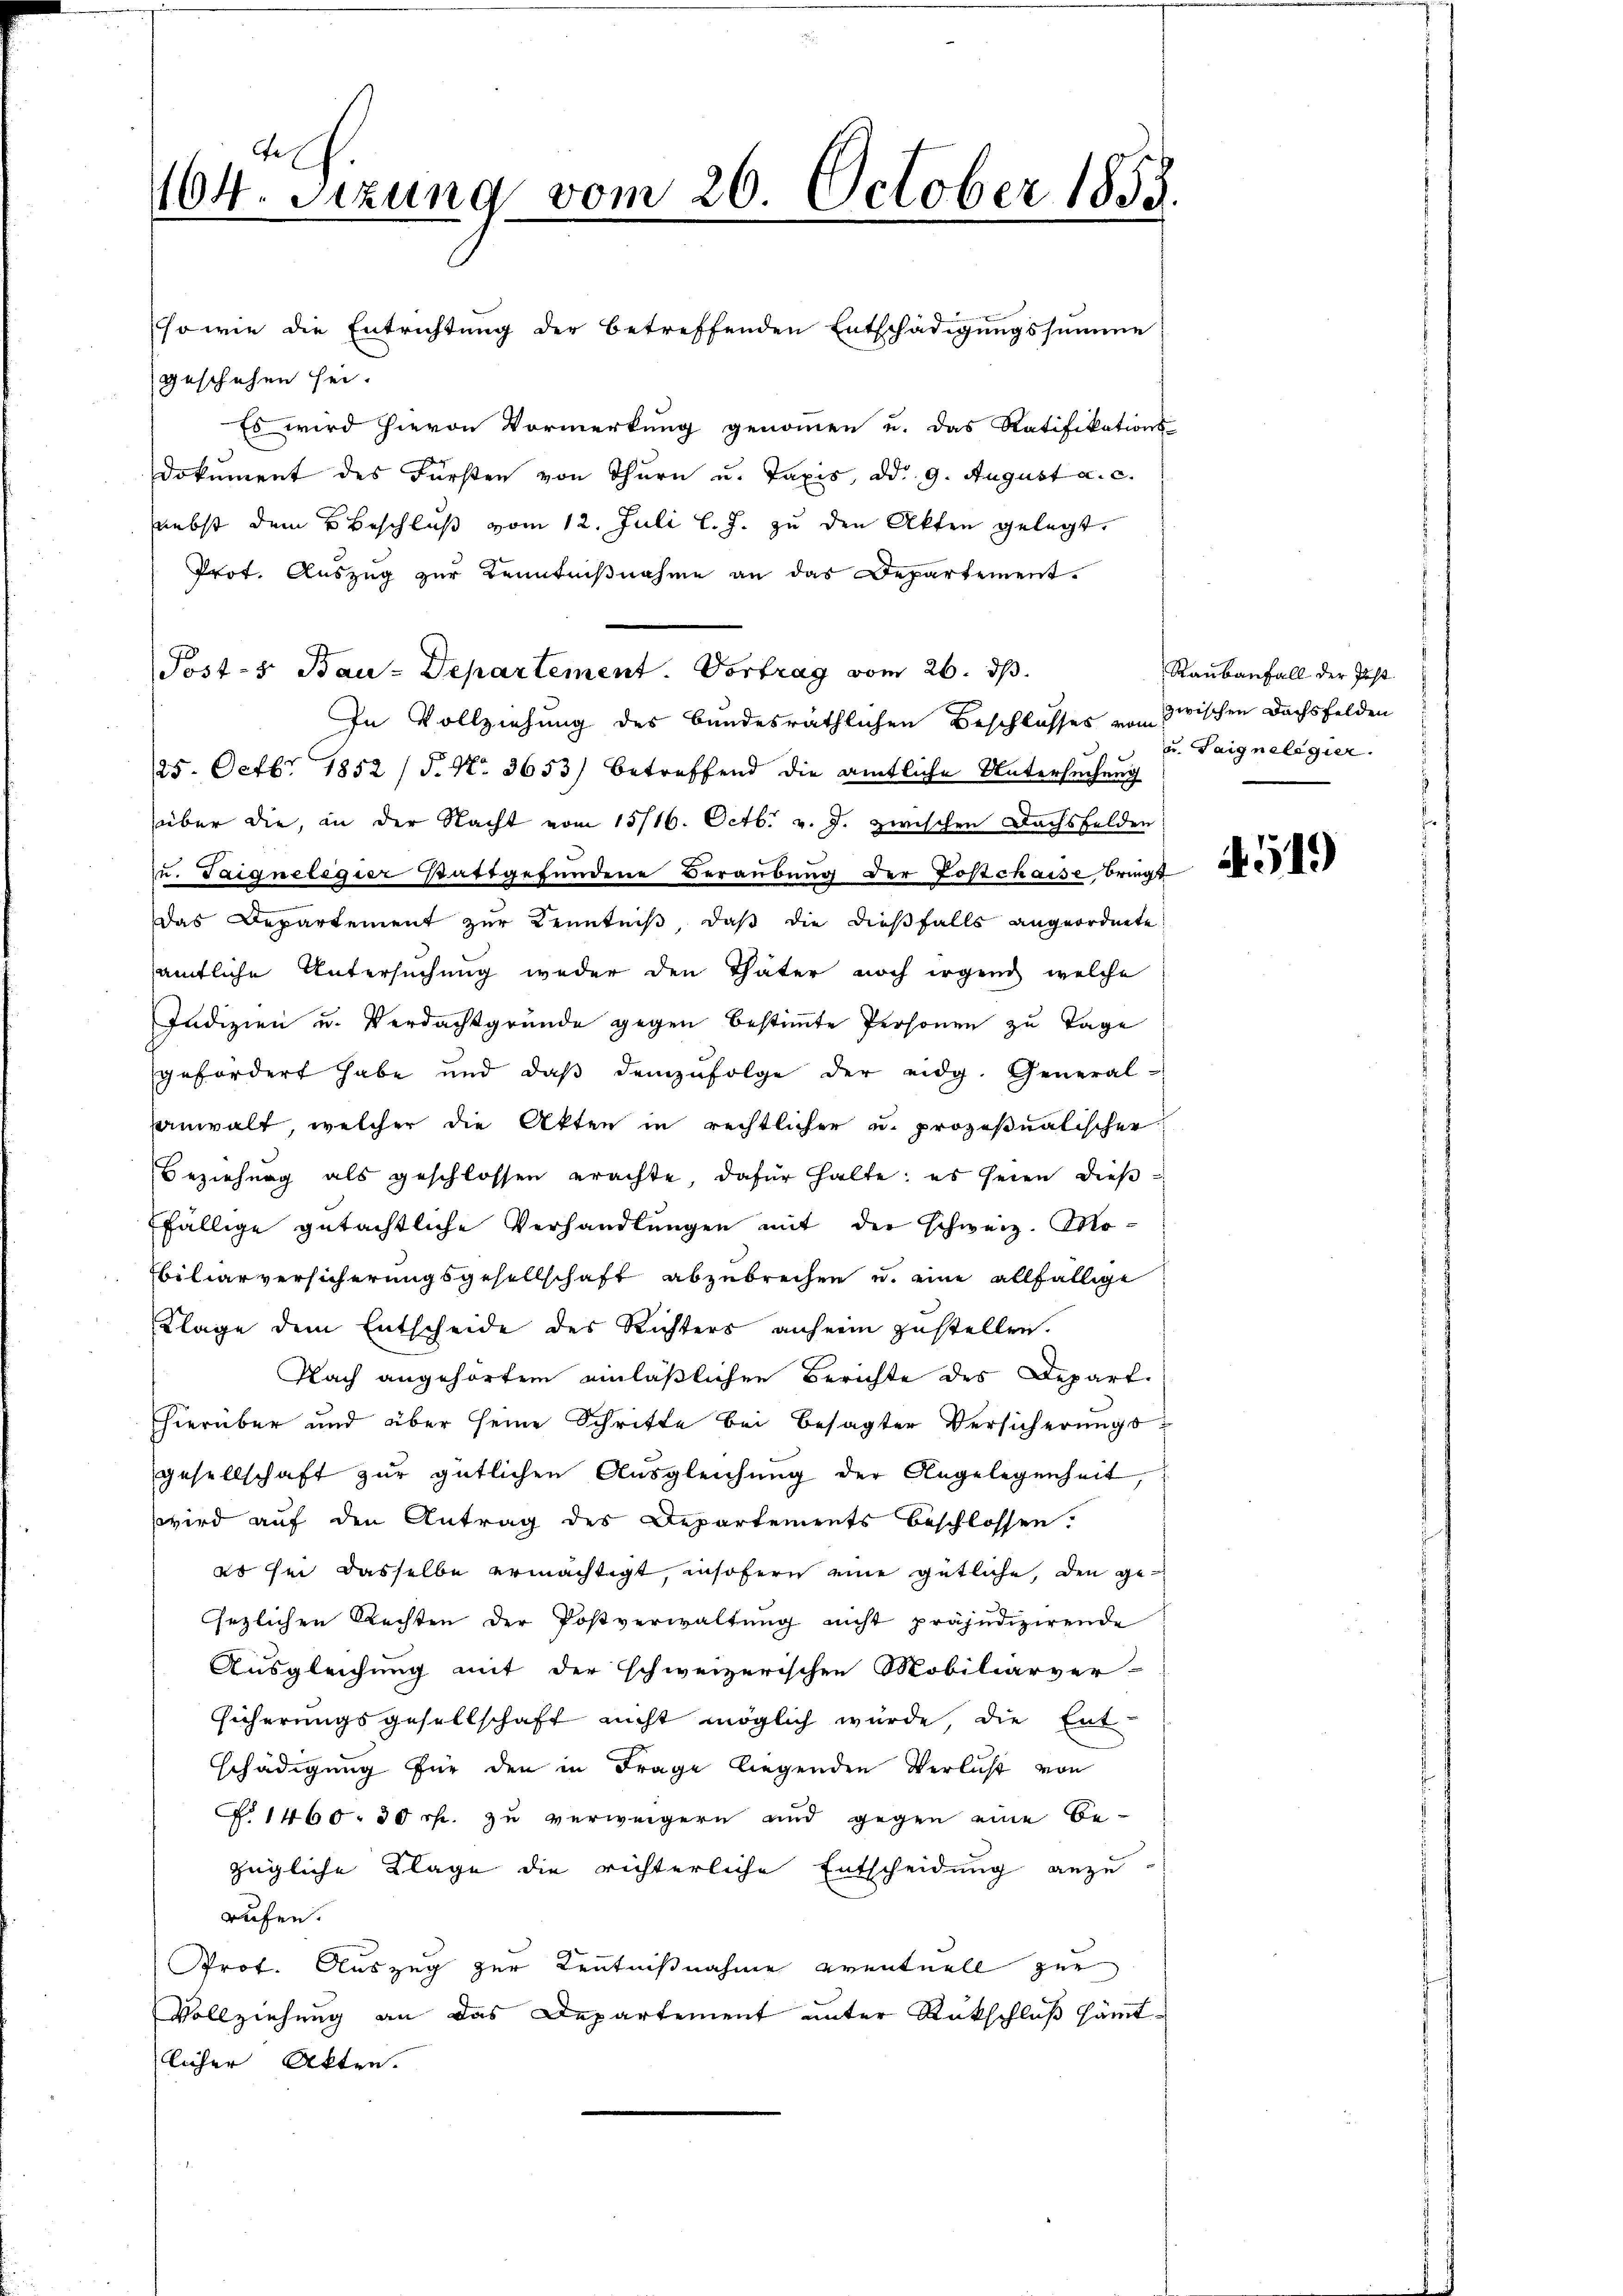
404. Sizung vom 26. October 1858.

sowie die Entrichtung der betreffenden Entschädigungssumme
geschehen sei.
Es wird hievon Vormerkung genommen u. das Ratifikations-
Dokument des Fürsten von Thurn u. Taxis, dd. 9. August a. c.
nebst dem Beschluß vom 12. Juli l. J. zu den Akten gelegt.
Prot. Auszug zur Kenntnißnahme an das Departement.
In Vollziehung des bundesräthlichen Beschlosses von zwischen Dachsfelden
25. Octbr. 1852 (§. N. 3653) betreffend die amtliche Untersuchung
über die, in der Nacht vom 15/16. Octb. v. J. zwischen Dachsfelden
u. Taigneligier stattgefundene Beraubung der Postchaise bringt
Das Departement zur Kenntniß, daß die dießfalls angeordnete
amtliche Untersuchung weder den Thäter noch irgend welche
Indizien u. Verdachtgrunde gegen bestimmte Personen zu Tage
gefordert habe und daβ demzufolge der eidg. General-
anwalt, welcher die Akten in rechtlicher u. prozeßualischer
Beziehung als geschlossen erachte, dafür halte; es seien diese
fällige gutächtliche Verhandlungen mit der schweiz. Mobiliarversicherungsgesellschaft abzubrechen u. eine allfällige
Klage dem Entscheide des Richters anheim zustellen.
Nach angehörtem einläßlichen Berichte des Depart.
hierüber und über seine Schritte bei besagter Versicherungsgesellschaft zur gütlichen Ausgleichung der Angelegenheit,
wird auf den Antrag des Departements beschlossen.
es sei dasselbe ermächtigt, insofern eine gütliche, den gehezlichen Rechten der Postverwaltŭng nicht präjudizirende
Ausgleichung mit der schweizerischen Mobiliarver-
sicherungsgesellschaft nicht möglich wurde, die Ent
schädigung für den in Frage liegenden Verlust von
N. 1460. 30 rp. zu verweigern und gegen eine Bezügliche Klage die richterliche Entscheidung anzu-
rufen.
Prof. Auszug zur Kenntnißnahme eventuell zur
Vollziehung an das Departement unter Rückschluß sämtlicher Akten.

Post-s Bau-Departement. Vortrag vom 26. ds.

Raubenfall der Just
u. Saignelegier

519)